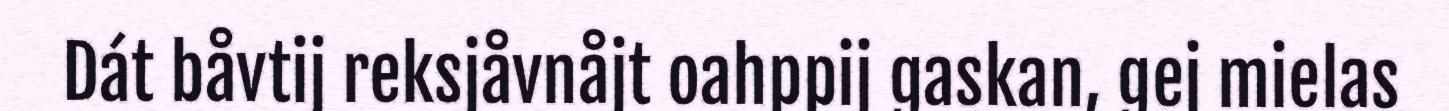
Dát båvtij reksjåvnåjt oahppij gaskan, gej mielas